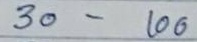
30 - 100